Annual statistical returns and brief notes on vaccination in Bengal - 1887-1898
Year: 1887
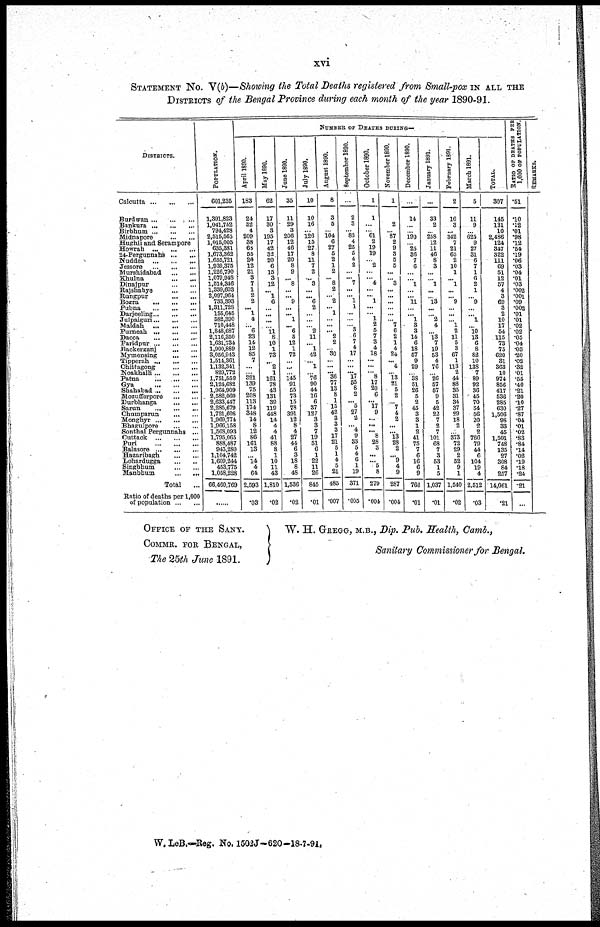
xvi
STATEMENT No. V(b)—Showing the Total Deaths registered from Small-pox IN ALL THE
DISTRICTS of the Bengal Province during each month of the year 1890-91.
DISTRICTS.
Calcutta
...
...
...
Burdwan ... ... ...
Bankura
...
...
...
Birbhum
...
...
...
Midnapore
...
...
Hughli and Serampore
Howrah
...
...
...
24-Pergunnahs ... ...
Nuddea
...
...
...
Jessore
...
...
...
Murshidabad
...
...
Khulna ... ...
Dinajpur
...
...
Rajshahye
...
...
Rungpur
...
...
Bogra
...
...
...
Pubna
...
...
...
Darjeeling ... ... ...
Julpaiguri ... ... ...
Maldah
...
...
...
Purneah
...
...
...
Dacca
...
...
...
Faridpur
...
...
...
Backerganj
...
...
Mymensing
...
...
Tipperah
...
...
...
Chittagong
...
...
Noakhalli ... ... ...
Patna
...
...
...
Gya
...
...
...
Shahabad ... ... ...
Mozufferpore
...
...
Durbhanga
...
...
Sarun
...
...
...
Chumparun
...
...
Monghyr
...
...
...
Bhagulpore
...
...
Sonthal Pergunnahs ...
Cuttack
...
...
...
Puri
...
...
...
Balasore
...
...
...
Hazaribagh
...
...
Lobardugga
...
...
Singbhum
...
...
Manbbum ... ...
Total
...
Ratio of deaths per 1,000
of population ... ...
POPULATION.
601,235
1,391,823
1,041,752
794,428
2,515,565
1,015,005
635,381
1,673,362
1.655,721
1,939,375
1,226,790
1,079,948
1,514,346
1,339,603
2,097,964
733,393
1,311,728
155,645
582,390
710,448
1,848,687
2,116,350
1,631,734
1,900,889
3,056,943
1,514,361
1,132,341
820,772
1,751,559
2,124,682
1,964,909
2,582,060
2,633,447
2,285,679
1,721,608
1,969,774
1,966,158
1,563,093
1,795,065
888,487
943,280
l,l04,742
1,609,244
453,775
1,058,228
66,460,769
......
NUMBERS OF DEATHS DURING—
April 1890.
183
24
32
4
209
38
68
55
26
12
21
3
7
1
2
2
... 1
4
... 6
23
14
12
85
7
...
...
321
139
75
208
113
174
348
14
8
12
86
161
13
...
14
4
64
2,593
.03
May 1890.
62
17
30
3
195
17
42
32
20
6
15
3
12
... 1
6
...
...
...
...
11
8
10
1
73
2
1
161
78
43
131
39
119
448
14
4
4
41
88
8
1
10
11
43
1,810
.02
June 1890.
35
11
29
3
206
12
46
17
20
8
9
... 8
...
... 9
...
... 1
... 6
5
12
1
72
...
...
...
145
91
55
73
15
78
391
12
8
4
27
44
6
3
18
8
48
1,536
.02
July 1890.
10
10
16
...
126
15
27
8
11
7
2
... 3
...
... 6
2
...
...
...
2
11
... 1
42
... 1
...
76
90
44
16
6
37
127
3
3
7
19
51
6
1
22
11
26
845
.01
August 1890.
8
3
5
...
104
6
27
5
2
1
2
... 8
2
...
2
... 1
...
...
... 2
2
...
30
...
...
... 36
77
13
8
1
15
42
3
3
3
17
21
5
1
4
5
21
485
.007
September 1890.
...
2
3
...
83
4
25
5
4
2
...
... 7
...
... 1
1
...
...
... 3
6
7
4
17
...
...
... 17
55
8
2
... 5
27
2
... 4
9
33
5
4
6
1
19
371
.005
October 1890.
1
1
...
...
61
2
19
19
...
2
...
... 4
...
... 1
...
... 1
2
5
7
3
4
18
...
...
... 8
17
20
6
... 17
9
...
...
... 8
28
3
...
... 5
8
279
.004
November 1890.
1
...
2
...
87
2
9
3
5
5
...
... 3
...
...
...
...
...
...
7
6
2
1
4
24
...
4
... 13
21
5
2
... 7
4
2
...
... 13
28
2
... 9
4
9
287
.004
December 1890.
...
14
...
...
190
...
25
36
7
6
...
... 1
...
... 11
...
... 1
3
3
14
6
18
57
9
29
...
38 51
26
5
2
45
3
3
1
2
41
75
7
6
16
6
9
766
.01
January 1891.
...
33
2
...
258
12
11
46
8
3
...
...
1
...
...
13
...
... 2
4
... 13
7
19
53
4
76
...
26
57
57
9
5
42
22
7
2
7
101
68
7
3
53
1
5
1,037
.01
February 1891.
2
16
3
...
342
7
21
65
2
10
1
... 1
...
... 9
...
...
... 1
2
11
5
3
67
1
113
2
44
88
35
31
34
37
29
18
2
...
373
72
29
2
52
9
1
1,540
.02
March 1891.
5
11
9
...
625
9
27
31
6
7
1
6
2
1
...
9
...
... 1
... 10
13
6
8
82
10
138
7
89
92
36
45
70
54
56
20
2
2
766
79
44
6
104
19
4
2,512
.03
TOTAL.
307
145
131
10
2,486
124
347
322
111
69
51
12
57
4
3
69
3
2
10
17
54
115
73
75
620
31
363
10
974
856
417
536
285
630
1,506
98
33
45
1,501
748
135
27
308
84
257
14,061
.21
RATIO OF DEATHS PER
1,000 OF POPULATION.
.51
.10
.12
.01
.98
.12
.54
.19
.06
.03
.04
.01
.03
.002
.001
.09
.002
.01
.01
.02
.02
.05
.04
.03
.20
.02
.32
.01
.55
.40
.21
.20
.10
.27
.87
.04
.01
.02
.83
.84
.14
.02
.19
.18
.24
.21
...
REMARKS.
OFFICE OF THE SANY.
COMMR. FOR BENGAL,
The 25th June 1891.
W. H. GREGG, M.B., Dip. Pub, Health, Camb.,
Sanitary Commissioner for Bengal.
W. LeB.—Reg. No. 1502J- 620 -18-7-91.